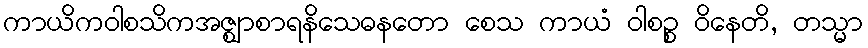
ကာယိကဝါစသိကအဇ္ဈာစာရနိသေဓနတော စေသ ကာယံ ဝါစဉ္စ ဝိနေတိ, တသ္မာ